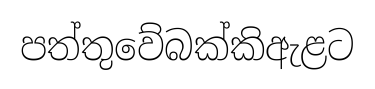
පත්තුවේබක්කිඇළට